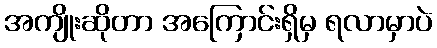
အကျိုးဆိုတာ အကြောင်းရှိမှ ရလာမှာပဲ